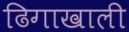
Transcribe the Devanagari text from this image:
ढिगाखाली